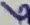
Text: 6